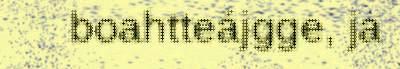
boahtteájgge, ja